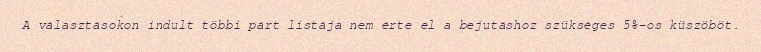
A választásokon indult többi párt listája nem érte el a bejutáshoz szükséges 5%-os küszöböt.